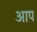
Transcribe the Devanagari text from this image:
अाप